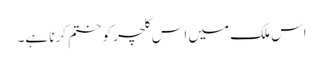
اس ملک میں اس کلچر کو ختم کرنا ہے۔